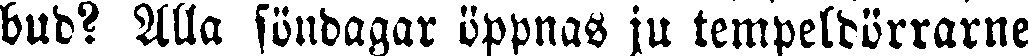
bud? Alla söndagar öppnas ju tempeldörrarne